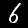
Label: 6